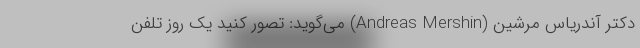
دکتر آندریاس مرشین (Andreas Mershin) می‌گوید: تصور کنید یک روز تلفن